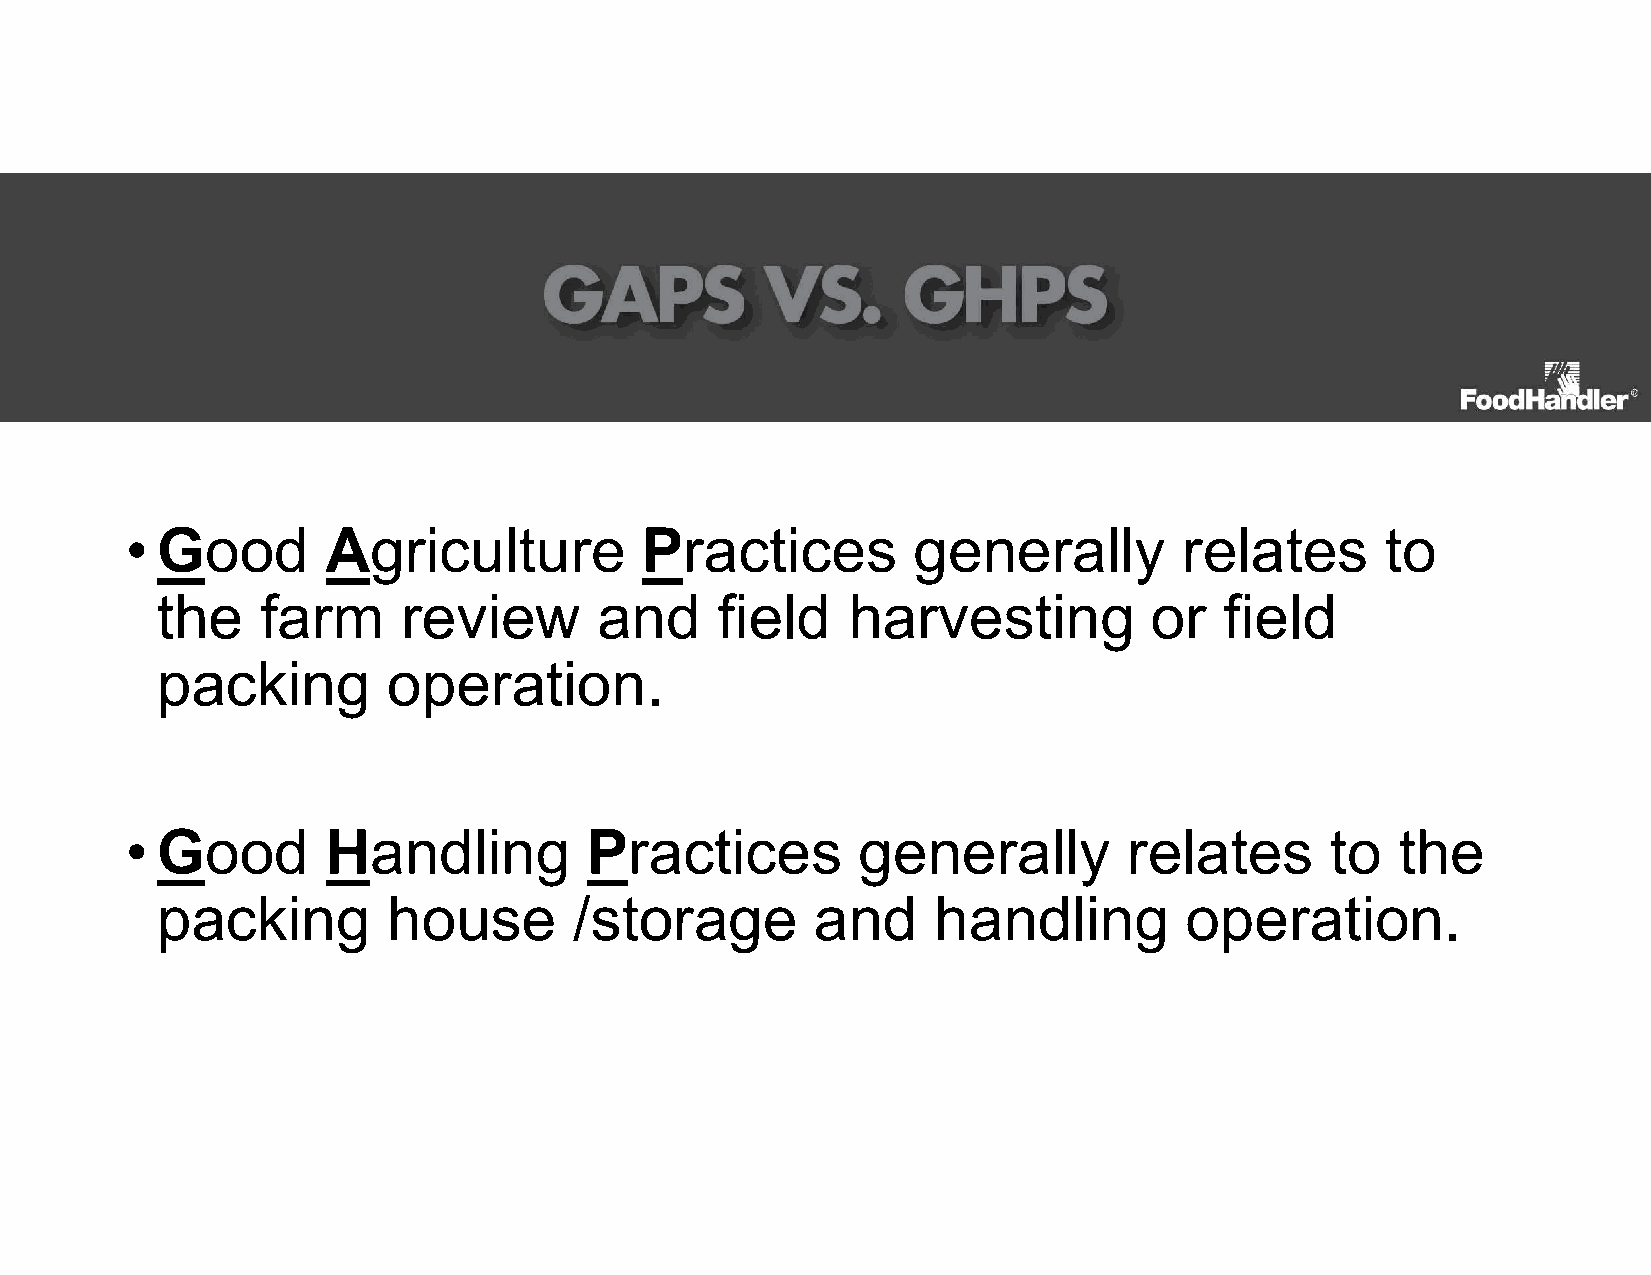
• Good        Agriculture         Practices         generally         relates       to
 the    farm      review       and    field    harvesting          or   field
 packing         operation.
 • Good        Handling         Practices         generally         relates      to   the
 packing         house       /storage        and     handling        operation.